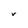
Character: V